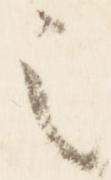
之